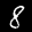
Label: 8